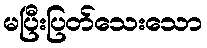
မပြီးပြတ်သေးသော